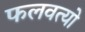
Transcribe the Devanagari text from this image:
फलवत्यो